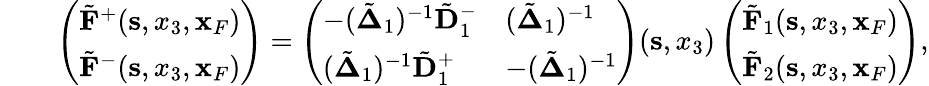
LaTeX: \begin{array}{rlr}&{}&{\left(\begin{array}{l}{\tilde{\mathbf F}^{+}({\mathbf s},x_{3},{\mathbf x}_{F})}\\ {\tilde{\mathbf F}^{-}({\mathbf s},x_{3},{\mathbf x}_{F})}\end{array}\right)=\left(\begin{array}{ll}{-(\tilde{\mathbf\Delta}_{1})^{-1}\tilde{\mathbf D}_{1}^{-}}&{(\tilde{\mathbf\Delta}_{1})^{-1}}\\ {(\tilde{\mathbf\Delta}_{1})^{-1}\tilde{\mathbf D}_{1}^{+}}&{-(\tilde{\mathbf\Delta}_{1})^{-1}}\end{array}\right)({\mathbf s},x_{3})\left(\begin{array}{l}{\tilde{\mathbf F}_{1}({\mathbf s},x_{3},{\mathbf x}_{F})}\\ {\tilde{\mathbf F}_{2}({\mathbf s},x_{3},{\mathbf x}_{F})}\end{array}\right),}\end{array}